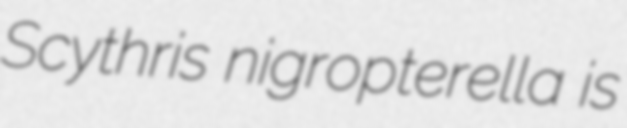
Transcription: Scythris nigropterella is